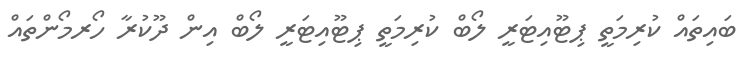
ބައިތައް ކުރިމަތީ ޕިޓޫއިޓަރީ ލޯބް ކުރިމަތީ ޕިޓޫއިޓަރީ ލޯބް އިން ދޫކުރާ ހޯރމޯންތައް